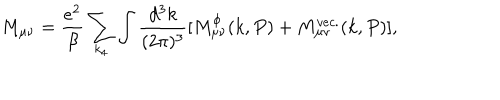
M _ { \mu \nu } = \frac { e ^ { 2 } } { \beta } \sum _ { k _ { 4 } } \int \frac { d ^ { 3 } k } { ( 2 \pi ) ^ { 3 } } [ M _ { \mu \nu } ^ { \phi } ( k , P ) + M _ { \mu \nu } ^ { v e c . } ( k , P ) ] ,